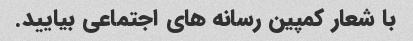
با شعار کمپین رسانه های اجتماعی بیایید.